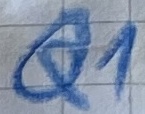
Text: Q1